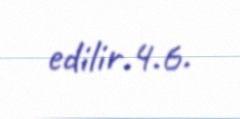
edilir.4.6.